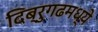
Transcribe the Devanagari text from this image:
दिब्रुगढमध्ये